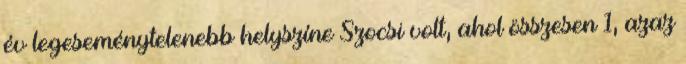
év legeseménytelenebb helyszíne Szocsi volt, ahol összesen 1, azaz